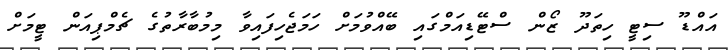
އައްޑޫ ސިޓީ ހިތަދޫ ޒޯން ސްޓޭޑިއަމްގައި ބޭއްވުމަށް ހަމަޖެހިފައިވާ މިމުބާރާތުގެ ޗެމްޕިއަން ޓީމަށް